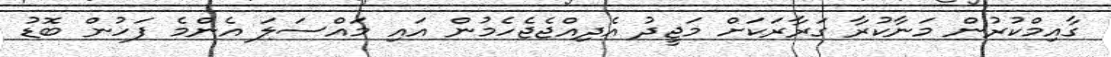
ގާއިމްކުރުން މަނާކުރާ ގަރާރަކަށް މަޖީދު އެދިއްޖެޖެހެމުން އައި މައްސަލަ އެންމެ ފަހުން ބޮޑު